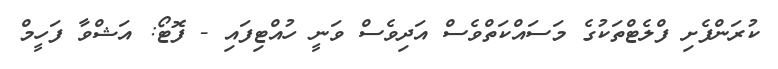
ކުރަންފެށި ފްލެޓްތަކުގެ މަސައްކަތްވެސް އަދިވެސް ވަނީ ހުއްޓިފައި - ފޮޓޯ: އަޝްވާ ފަހީމް